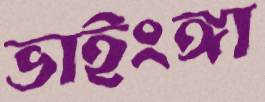
ভাইংঙ্গা